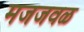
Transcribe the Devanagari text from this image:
मजजवळ